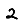
Digit: 2